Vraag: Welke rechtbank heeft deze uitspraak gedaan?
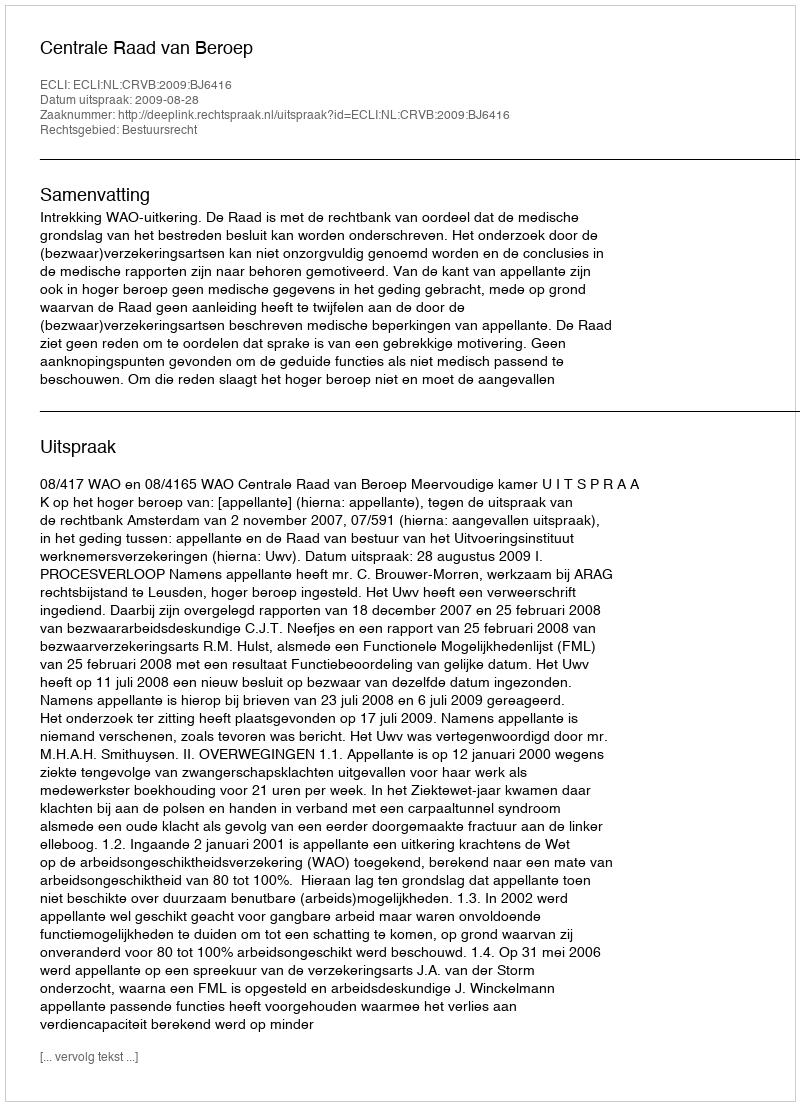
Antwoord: Centrale Raad van Beroep